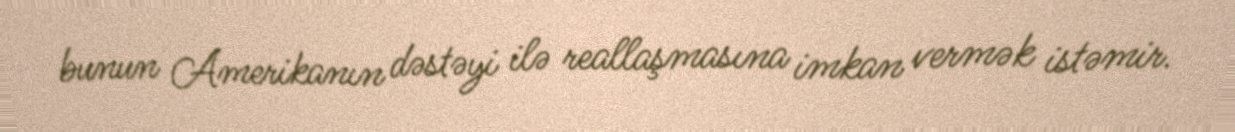
bunun Amerikanın dəstəyi ilə reallaşmasına imkan vermək istəmir.